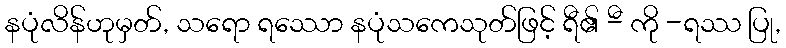
နပုံလိန်ဟုမှတ်, သရော ရဿော နပုံသကေသုတ်ဖြင့် ရီ၏ -ီ ကို -ရဿ ပြု,